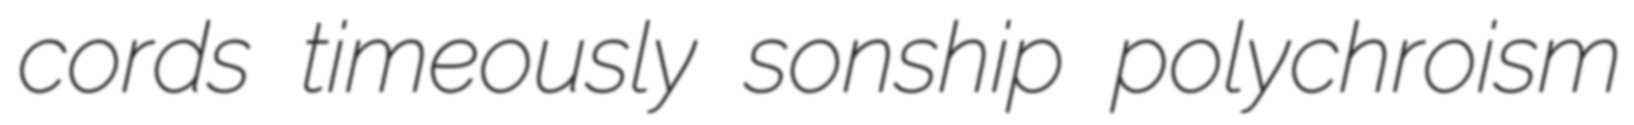
cords timeously sonship polychroism